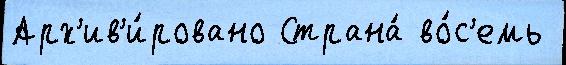
Арх'ив'и́ровано Страна́ во́с'емь